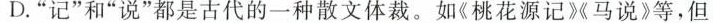
D.”记”和”说”都是古代的一种散文体裁。如《桃花源记》马说》等，但